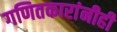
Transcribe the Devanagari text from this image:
गणितकारांनीही